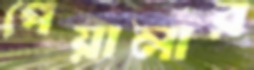
পেয়ালার